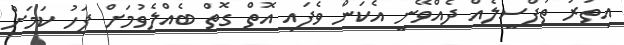
އިތުރު ތަފްސީލެއް ދެއްވޭނީ އެކަން ވެފައި އޮތް ގޮތް ބެއްލެވުމަށް ފަހު ކަމަށް